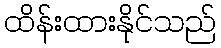
ထိန်းထားနိုင်သည်